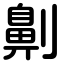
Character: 劓